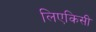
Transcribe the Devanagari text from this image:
लिएकिसी